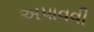
અપાવવી